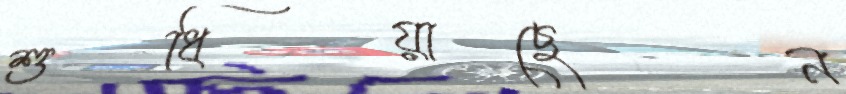
শুধিয়াছেন